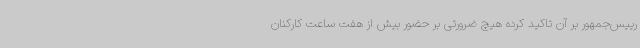
رییس‌جمهور بر آن تاکید کرده هیچ ضرورتی بر حضور بیش از هفت ساعت کارکنان